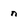
Character: n